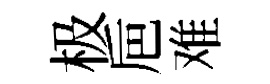
极巵难